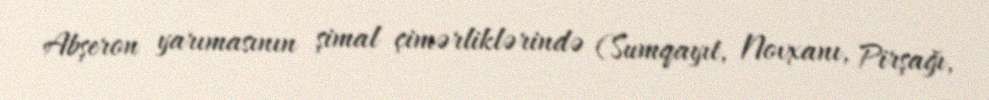
Abşeron yarımasının şimal çimərliklərində (Sumqayıt, Novxanı, Pirşağı,